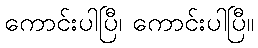
ကောင်းပါပြီ၊ ကောင်းပါပြီ။